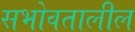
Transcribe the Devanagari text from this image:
सभोवतालील